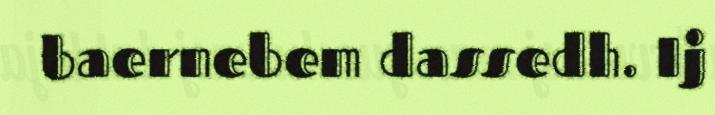
baernebem dassedh. Ij